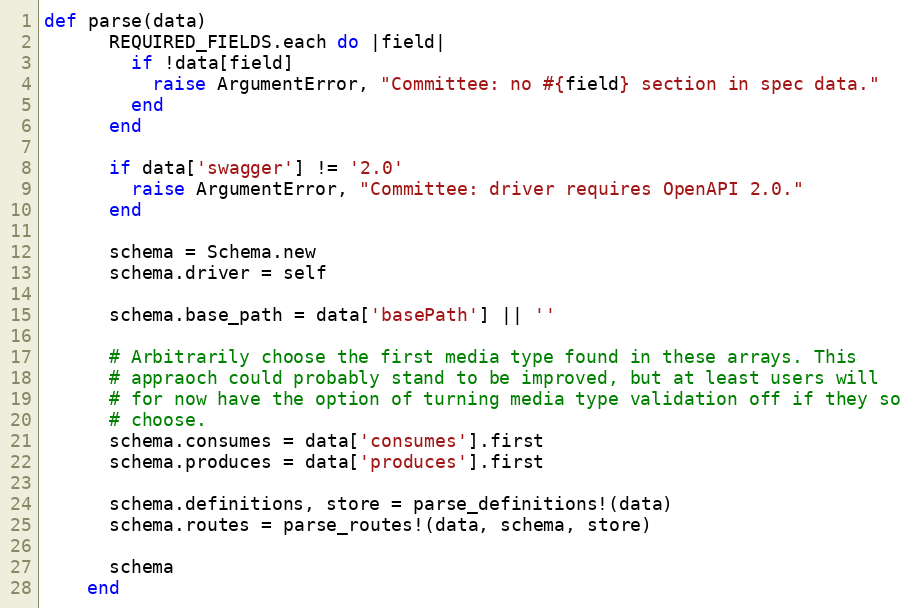
Language: Ruby
def parse(data)
      REQUIRED_FIELDS.each do |field|
        if !data[field]
          raise ArgumentError, "Committee: no #{field} section in spec data."
        end
      end

      if data['swagger'] != '2.0'
        raise ArgumentError, "Committee: driver requires OpenAPI 2.0."
      end

      schema = Schema.new
      schema.driver = self

      schema.base_path = data['basePath'] || ''

      # Arbitrarily choose the first media type found in these arrays. This
      # appraoch could probably stand to be improved, but at least users will
      # for now have the option of turning media type validation off if they so
      # choose.
      schema.consumes = data['consumes'].first
      schema.produces = data['produces'].first

      schema.definitions, store = parse_definitions!(data)
      schema.routes = parse_routes!(data, schema, store)

      schema
    end